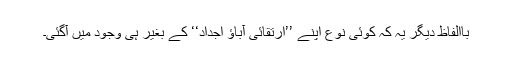
باالفاظِ دیگر یہ کہ کوئی نوع اپنے ’’ارتقائی آباؤ اجداد‘‘ کے بغیر ہی وجود میں آگئی۔